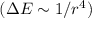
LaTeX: ( \Delta E \sim 1 / r ^ { 4 } )